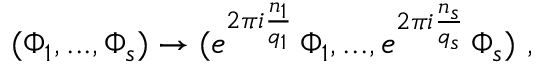
( \Phi _ { 1 } , . . . , \Phi _ { s } ) \rightarrow ( e ^ { 2 \pi i { \frac { n _ { 1 } } { q _ { 1 } } } } \, \Phi _ { 1 } , . . . , e ^ { 2 \pi i { \frac { n _ { s } } { q _ { s } } } } \, \Phi _ { s } ) ~ ,